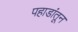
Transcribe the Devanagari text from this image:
पहाडांतून